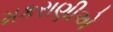
મકરાણીએ